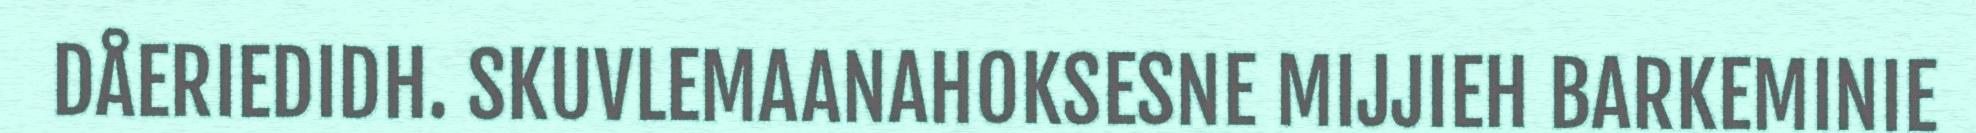
DÅERIEDIDH. SKUVLEMAANAHOKSESNE MIJJIEH BARKEMINIE